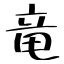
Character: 竜